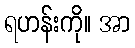
ရဟန်းကို။ အာ